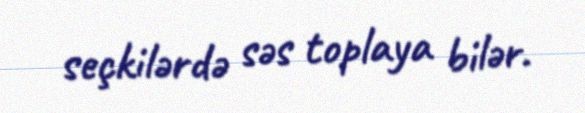
seçkilərdə səs toplaya bilər.